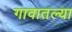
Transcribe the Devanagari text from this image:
गावातल्‍या